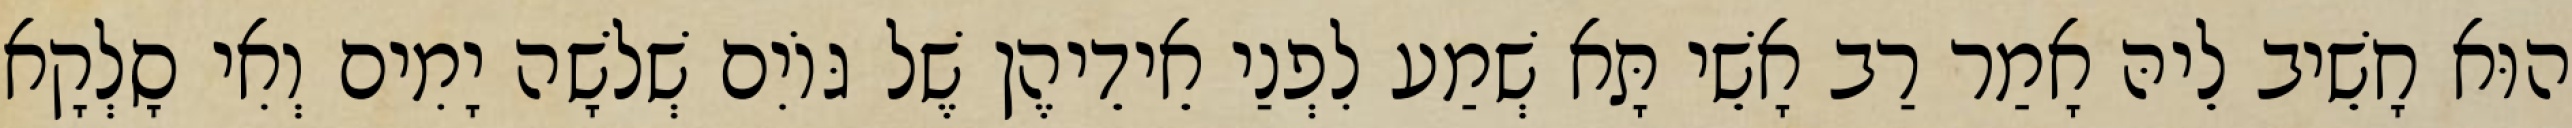
הוּא חָשֵׁיב לֵיהּ אָמַר רַב אָשֵׁי תָּא שְׁמַע לִפְנַי אֵידֵיהֶן שֶׁל גּוֹיִם שְׁלֹשָׁה יָמִים וְאִי סָלְקָא